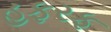
હફરફ